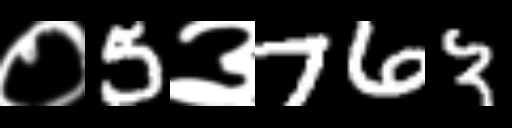
Text: ०5३763